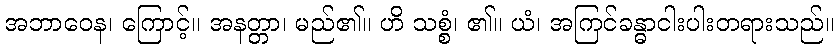
အဘာဝေန၊ ကြောင့်။ အနတ္တာ၊ မည်၏။ ဟိ သစ္စံ၊ ၏။ ယံ၊ အကြင်ခန္ဓာငါးပါးတရားသည်။